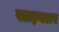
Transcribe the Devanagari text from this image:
साइबलर